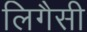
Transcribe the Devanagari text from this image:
लिगैसी